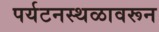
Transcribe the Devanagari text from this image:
पर्यटनस्थळावरून